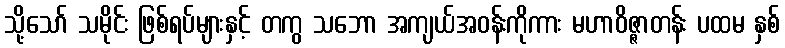
သို့သော် သမိုင်း ဖြစ်ရပ်များနှင့် တကွ သဘော အကျယ်အဝန်းကိုကား မဟာဝိဇ္ဇာတန်း ပထမ နှစ်